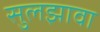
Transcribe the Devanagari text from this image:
सुलझावा